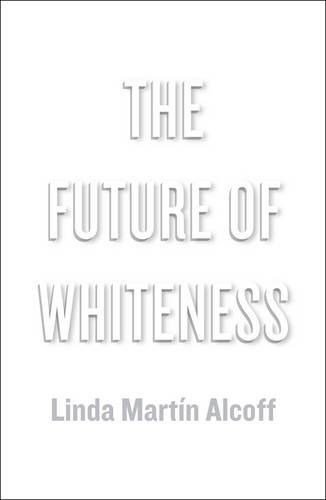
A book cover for The Future of Whiteness; Linda MartÃ­n Alcoff; Politics & Social Sciences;